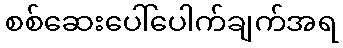
စစ်ဆေးပေါ်ပေါက်ချက်အရ